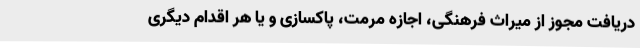
دریافت مجوز از میراث فرهنگی، اجازه مرمت، ‌پاکسازی و یا هر اقدام دیگری